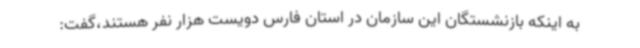
به اینکه بازنشستگان این سازمان در استان فارس دویست هزار نفر هستند،گفت: